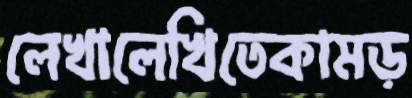
লেখালেখিতেকামড়